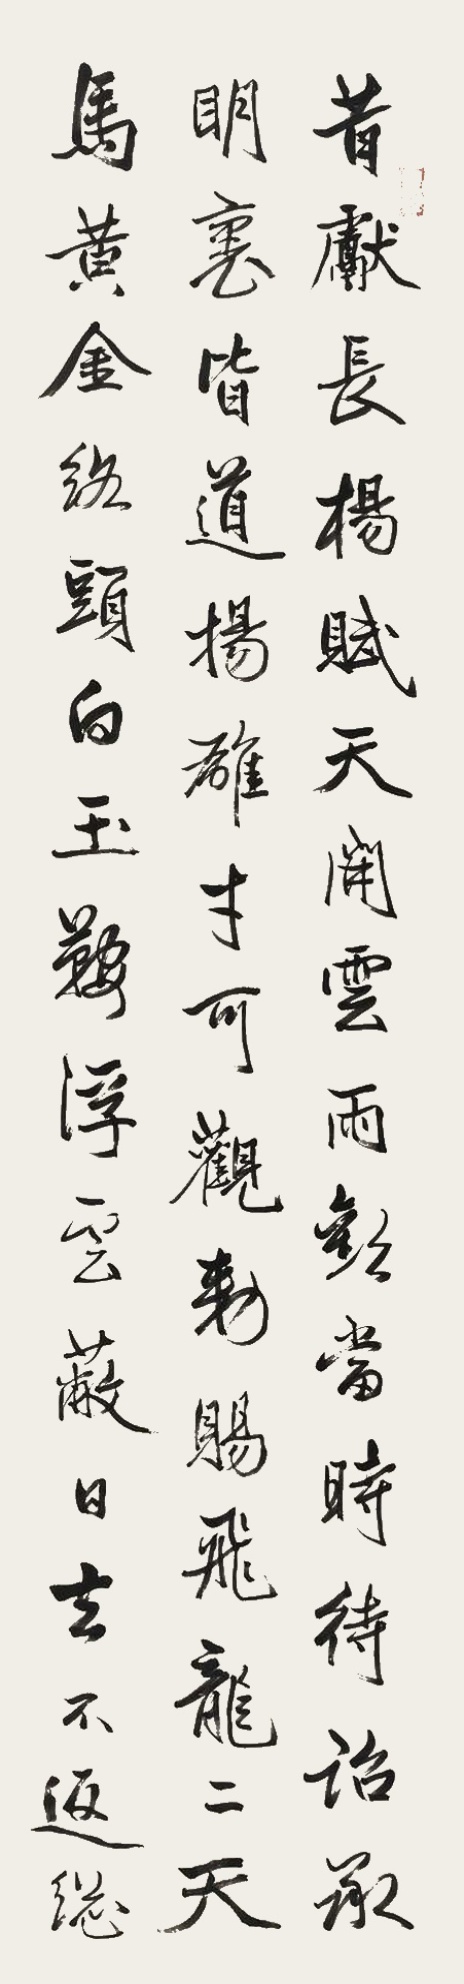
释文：昔献长杨赋，天开云雨欢。当时待诏承明里，皆道扬雄才可观……飕飕吹尽炎氛过。李谪仙作。敬甫仁兄雅鉴。癸未嘉平，高振霄。